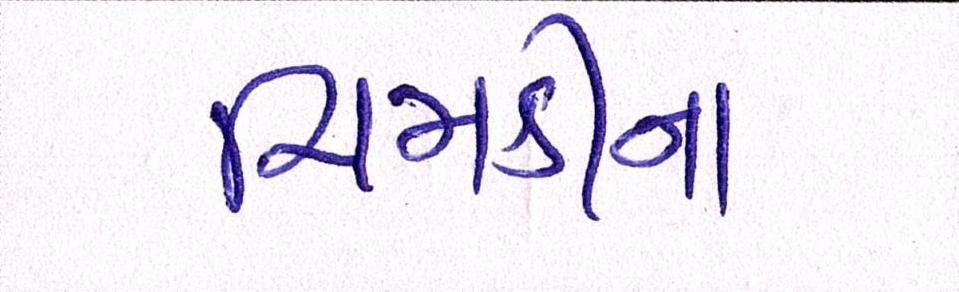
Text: ચિમકીના